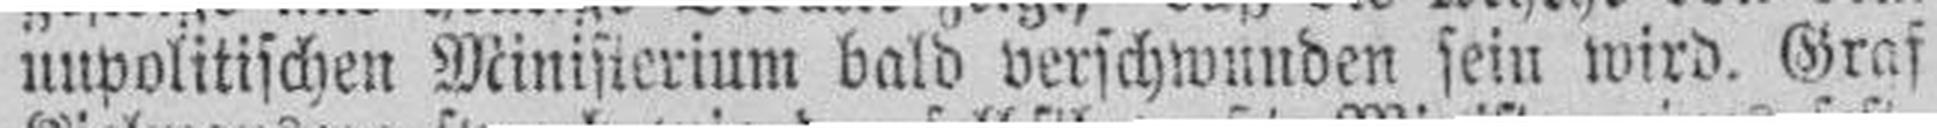
nupolitischen Minisierium bald verschwunden sein wird. Graf